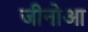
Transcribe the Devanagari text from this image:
जीनोआ